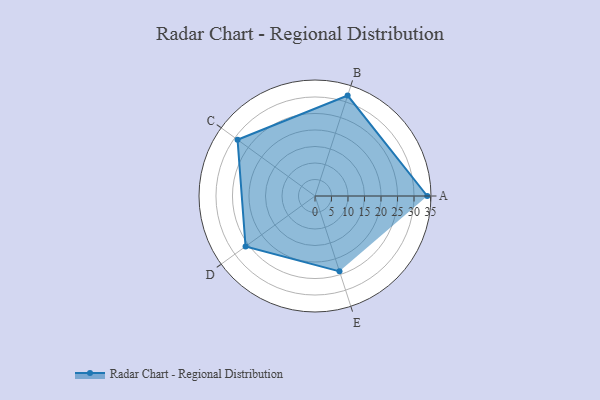
{"axis": {"x": "Skill", "y": "Score"}, "legend": ["Profile"], "data": [{"x": "A", "y": 34.0, "type": "Profile"}, {"x": "B", "y": 32.0, "type": "Profile"}, {"x": "C", "y": 29.0, "type": "Profile"}, {"x": "D", "y": 26.0, "type": "Profile"}, {"x": "E", "y": 24.0, "type": "Profile"}]}